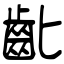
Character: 齔